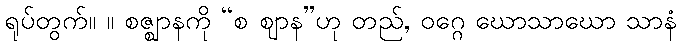
ရုပ်တွက်။ ။ စဇ္ဈာနကို “စ ဈာန”ဟု တည်, ဝဂ္ဂေ ဃောသာဃော သာနံ